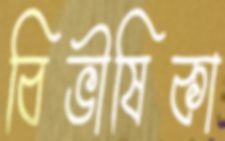
বিভীষিকা